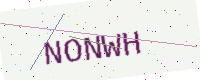
Text: NONWH